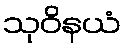
သုဝိနယံ